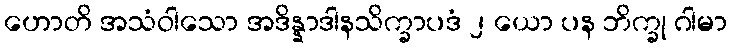
ဟောတိ အသံဝါသော အဒိန္နာဒါနသိက္ခာပဒံ ၂ ယော ပန ဘိက္ခု ဂါမာ